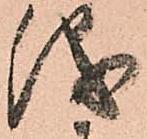
儀